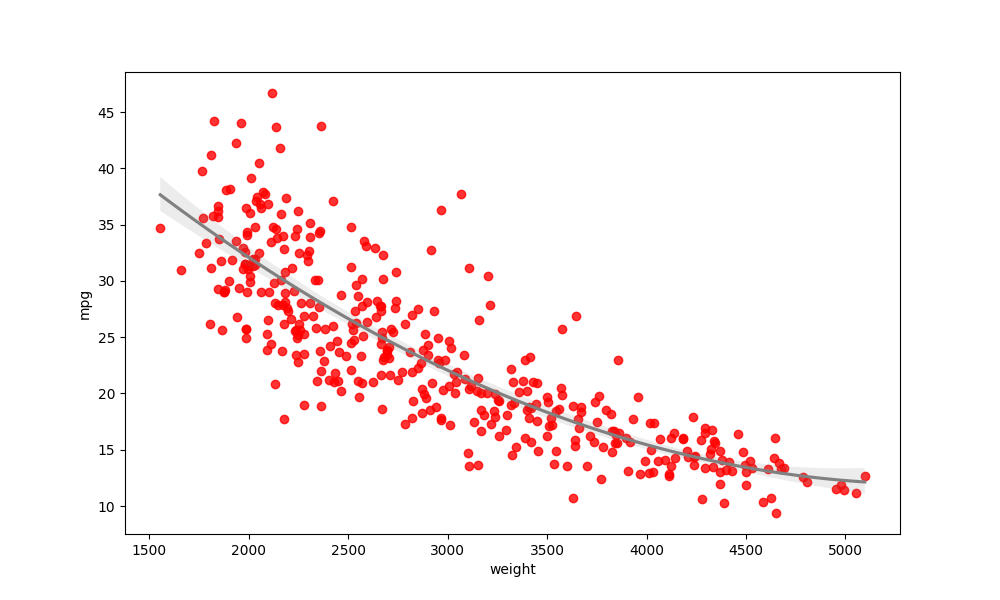
python, seaborn, regplot, order=2, ci=95, scatter_color=red, line_color=gray